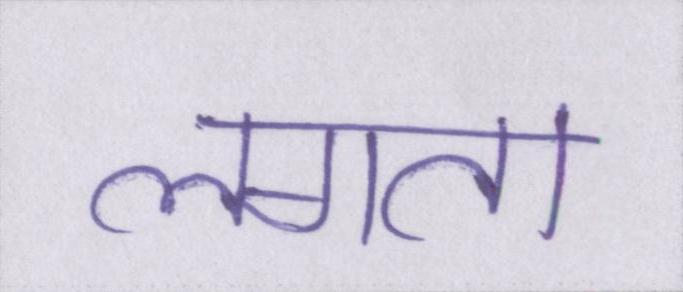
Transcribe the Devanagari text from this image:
लगता